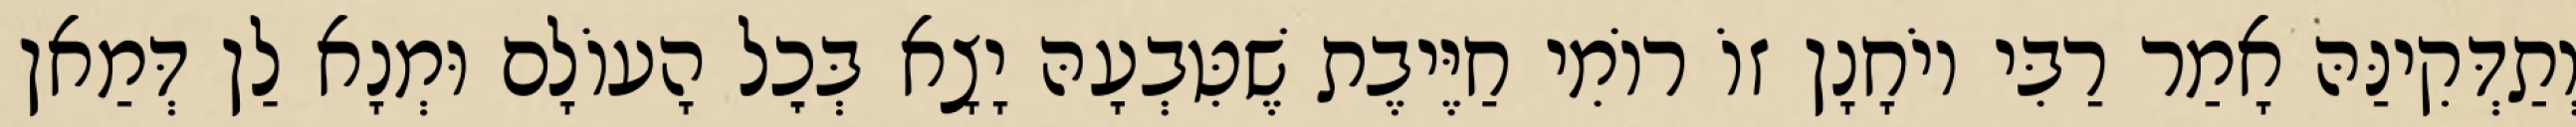
וְתַדְּקִינַּהּ אָמַר רַבִּי יוֹחָנָן זוֹ רוֹמִי חַיֶּיבֶת שֶׁטִּבְעָהּ יָצָא בְּכׇל הָעוֹלָם וּמְנָא לַן דְּמַאן